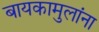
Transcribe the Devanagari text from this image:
बायकामुलांना